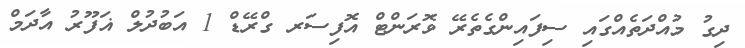
ދިގު މުއްދަތެއްގައި ސިފައިންގެތެރޭ ވޮރަންޓް އޮފިސަރ ގްރޭޑް 1 އަބުދުލް ޣަފޫރު އާދަމް